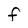
Character: F